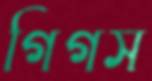
গিগস